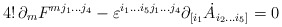
\begin{align*}4! \, \partial_m F^{m j_1 \dots j_4} - \varepsilon^{i_1 \dots i_5 j_1 \dots j_4}\partial_{[i_1} \dot{A}_{i_2 \dots i_5]} = 0\end{align*}